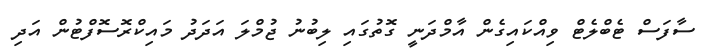
ސާފަސް ޓެބްލެޓް ވިއްކައިގެން އާމްދަނީ ގޮތުގައި ލިބުނު ޖުމްލަ އަދަދު މައިކްރޮސޮފްޓުން އަދި